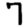
Digit: 7